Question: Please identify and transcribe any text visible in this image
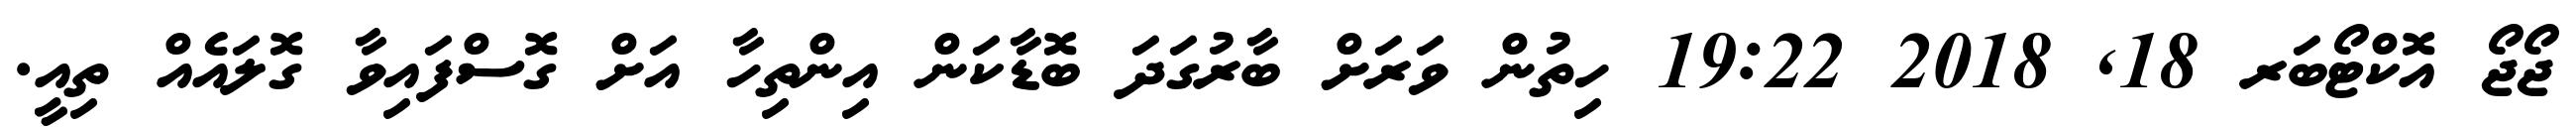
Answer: ޖޯޖޯ އޮކްޓޯބަރ 18, 2018 19:22 ހިތުން ވަރަށް ބާރުގަދަ ބޮޑާކަން އިންތިހާ އަށް ގޮސްފައިވާ ގޮލައެއް ތިއީ.